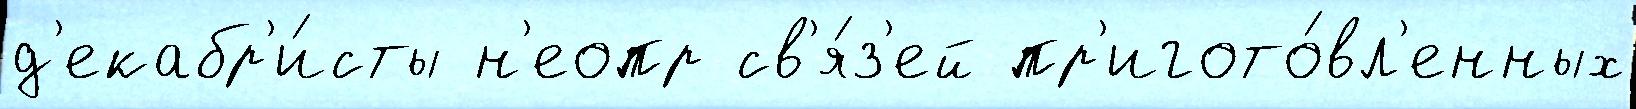
д'екабр'и́сты н'еопр св'я́з'ей пр'игото́вл'енных